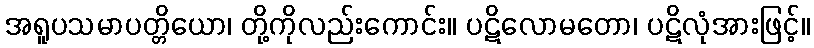
အရူပသမာပတ္တိယော၊ တို့ကိုလည်းကောင်း။ ပဋိလောမတော၊ ပဋိလုံအားဖြင့်။